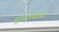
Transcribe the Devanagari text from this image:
सुधरण्याची